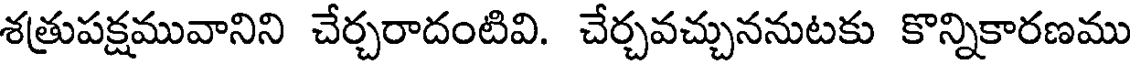
శత్రుపక్షమువానిని చేర్చరాదంటివి. చేర్చవచ్చుననుటకు కొన్నికారణము